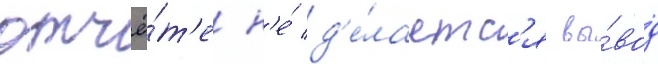
отчё́т'е н'е́ д'е́лаетс'я вы́вод